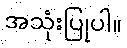
အသုံးပြုပါ။